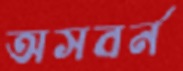
অসবর্ন